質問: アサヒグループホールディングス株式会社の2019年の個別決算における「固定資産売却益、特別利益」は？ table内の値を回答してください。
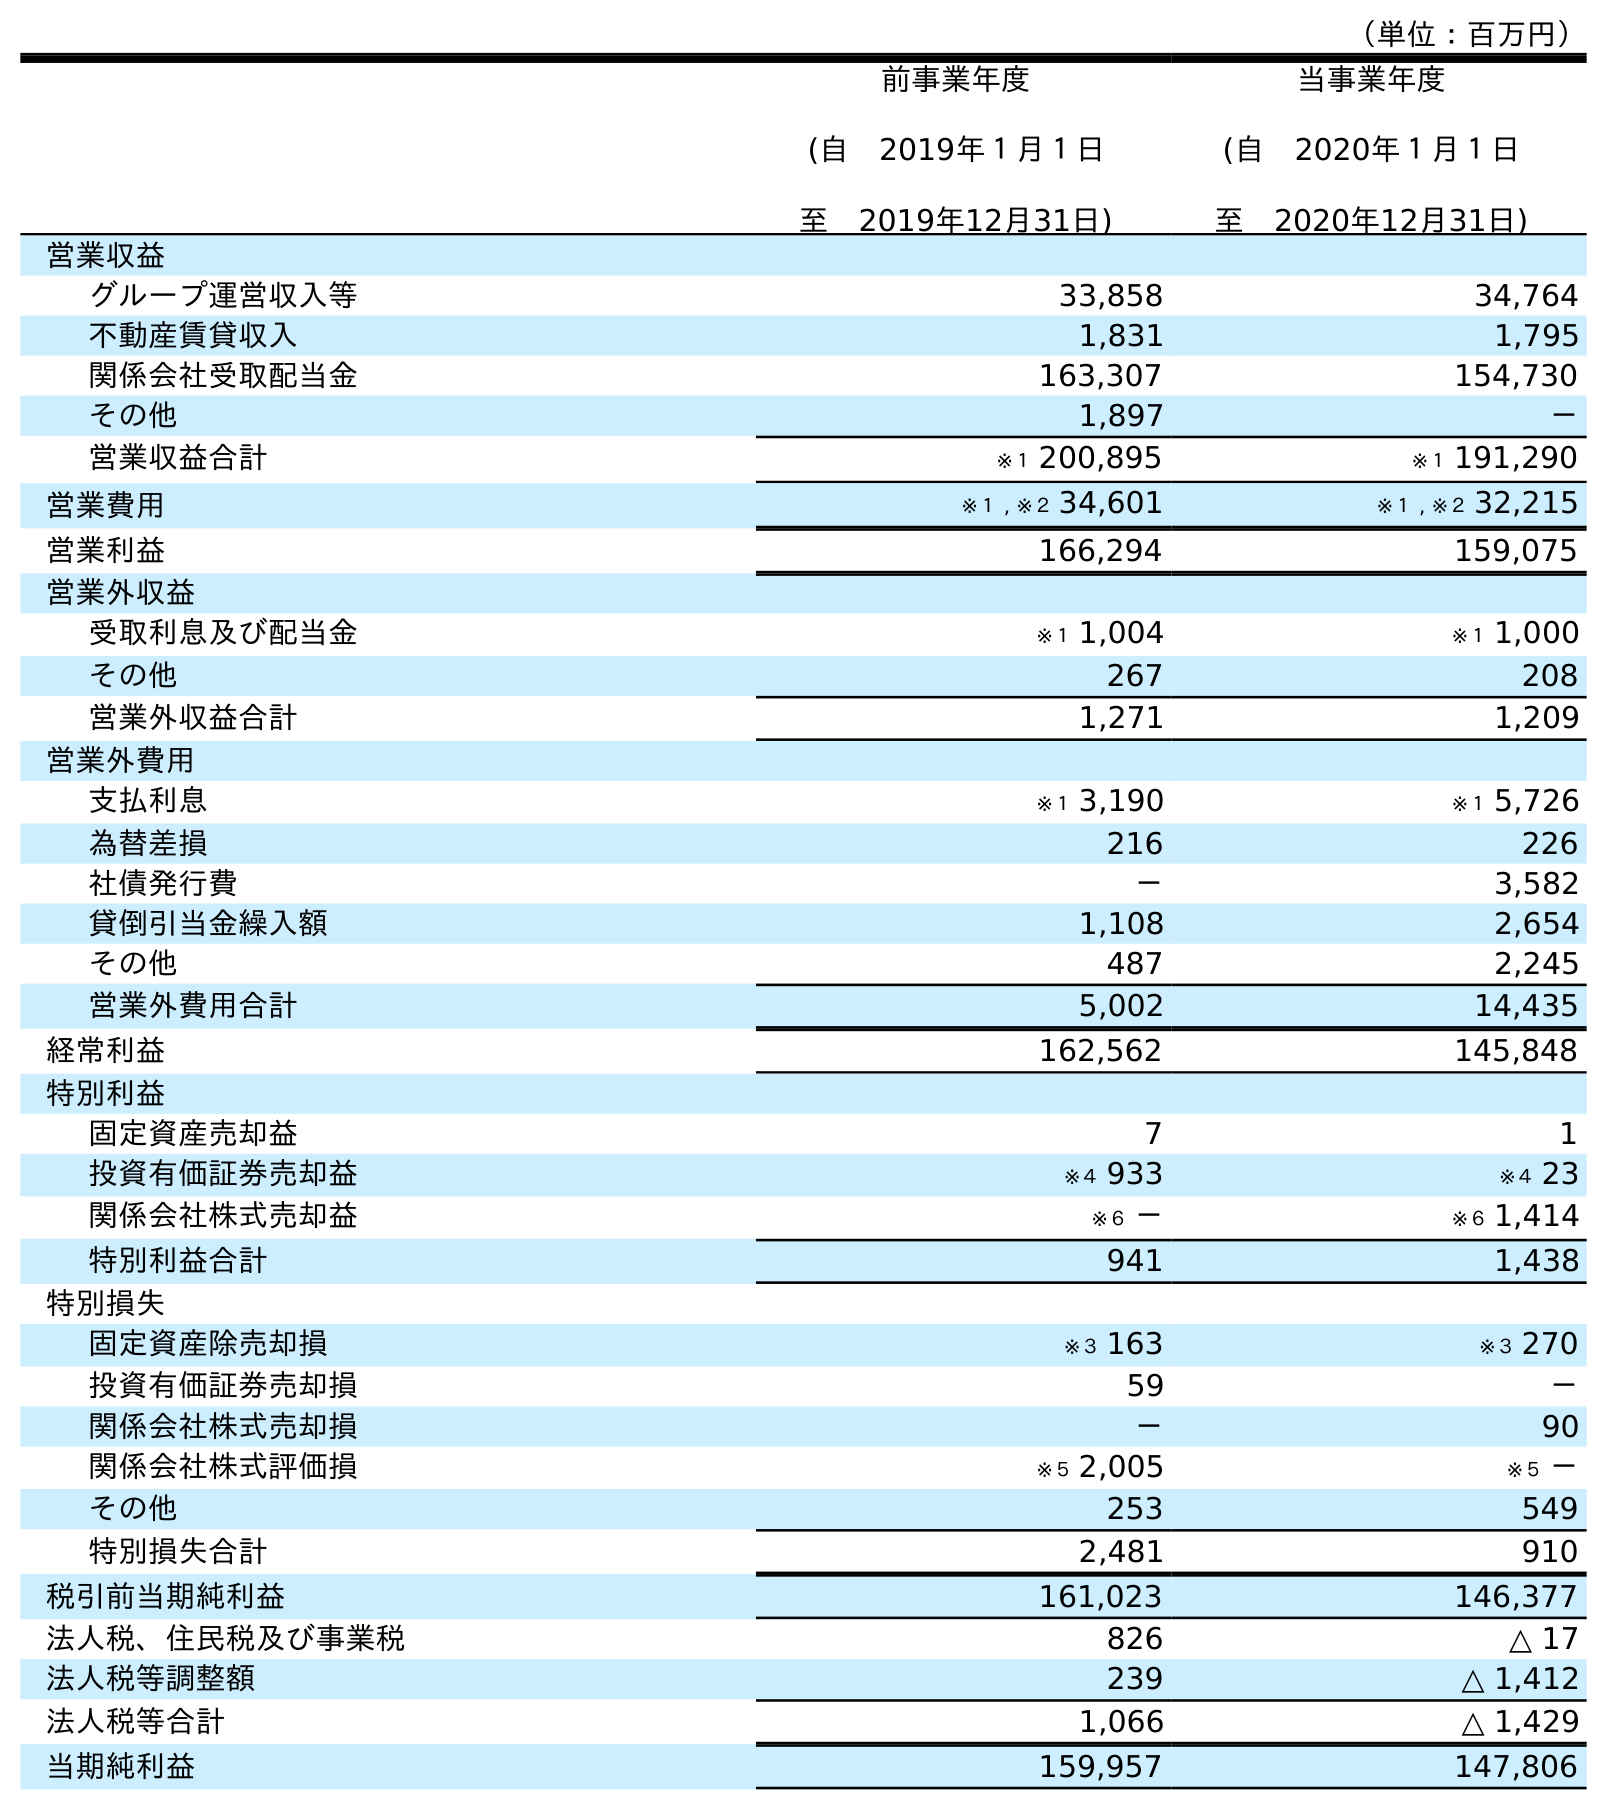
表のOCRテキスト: （単位：百万円） 前事業年度 (自 2019年１月１日 至 2019年12月31日) 当事業年度 (自 2020年１月１日 至 2020年12月31日) 営業収益 グループ運営収入等 33,858 34,764 不動産賃貸収入 1,831 1,795 関係会社受取配当金 163,307 154,730 その他 1,897 － 営業収益合計 ※１ 200,895 ※１ 191,290 営業費用 ※１ , ※２ 34,601 ※１ , ※２ 32,215 営業利益 166,294 159,075 営業外収益 受取利息及び配当金 ※１ 1,004 ※１ 1,000 その他 267 208 営業外収益合計 1,271 1,209 営業外費用 支払利息 ※１ 3,190 ※１ 5,726 為替差損 216 226 社債発行費 － 3,582 貸倒引当金繰入額 1,108 2,654 その他 487 2,245 営業外費用合計 5,002 14,435 経常利益 162,562 145,848 特別利益 固定資産売却益 7 1 投資有価証券売却益 ※４ 933 ※４ 23 関係会社株式売却益 ※６ － ※６ 1,414 特別利益合計 941 1,438 特別損失 固定資産除売却損 ※３ 163 ※３ 270 投資有価証券売却損 59 － 関係会社株式売却損 － 90 関係会社株式評価損 ※５ 2,005 ※５ － その他 253 549 特別損失合計 2,481 910 税引前当期純利益 161,023 146,377 法人税、住民税及び事業税 826 △ 17 法人税等調整額 239 △ 1,412 法人税等合計 1,066 △ 1,429 当期純利益 159,957 147,806
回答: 7